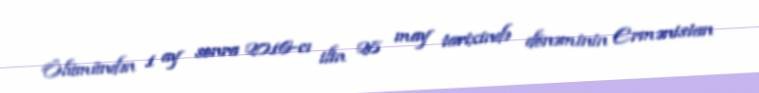
Ölümündən 1 ay sonra 2016-cı ilin 28 may tarixində dönəminin Ermənistan